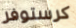
كرستوفر